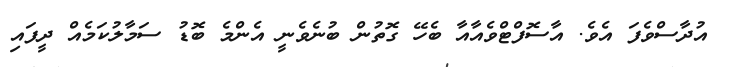
އުދާސްވެފަ އެވެ. އާސޮފްޓްވެއާއާ ބެހޭ ގޮތުން ބުނެވެނީ އެންމެ ބޮޑު ސަމާލުކަމެއް ދީފައި